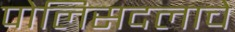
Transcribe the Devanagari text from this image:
पोलिसदलाचे